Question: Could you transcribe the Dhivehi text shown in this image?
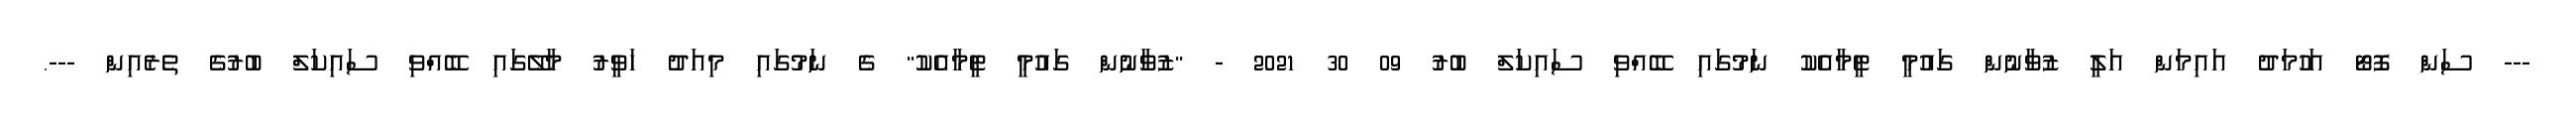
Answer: --- ސަން ފޮޓޯ އަހުމަދު އައިމަން އަލީ ޒުވާނުން ގައުމީ ޓީމާއެކު ނަމުގައި ބޭއްވި ސައިކަލް ބުރު 09 30 2021 - "ޒުވާނުން ގައުމީ ޓީމާއެކު" ގެ ނަމުގައި މިއަދު ހަވީރު މާލޭގައި ބޭއްވި ސައިކަލް ބުރުގެ ތެރެއިން ---.